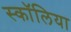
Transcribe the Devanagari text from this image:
स्कॉलिया